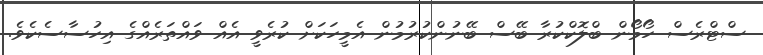
ސްޓްރެސް ހޯމޯން ބްލޮކްކުރާ ބޭސް ބޭނުންކުރުމުން އެމީހަކަށް ކުރެވީ އެއް ވައްތަރެއްގެ އިހުސާސެކެވެ.